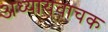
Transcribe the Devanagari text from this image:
अध्यायवाचक